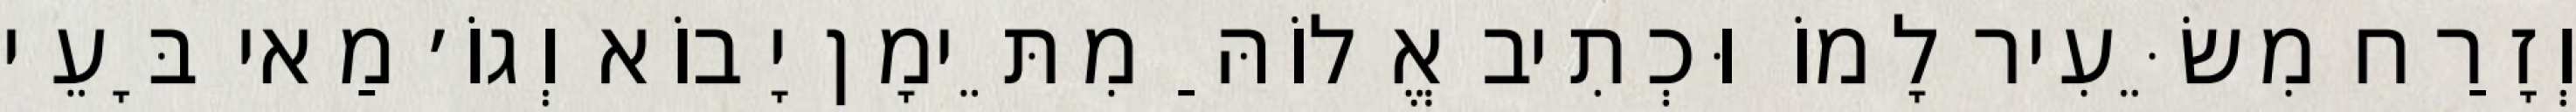
וְזָרַח מִשֵּׂעִיר לָמוֹ וּכְתִיב אֱלוֹהַּ מִתֵּימָן יָבוֹא וְגוֹ׳ מַאי בָּעֵי